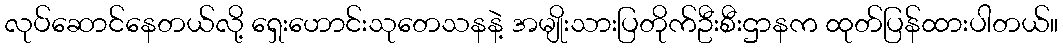
လုပ်ဆောင်နေတယ်လို့ ရှေးဟောင်းသုတေသနနဲ့ အမျိုးသားပြတိုက်ဦးစီးဌာနက ထုတ်ပြန်ထားပါတယ်။